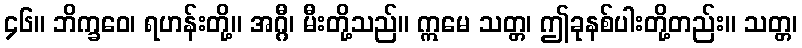
၄၆။ ဘိက္ခဝေ၊ ရဟန်းတို့။ အဂ္ဂီ၊ မီးတို့သည်။ ဣမေ သတ္တ၊ ဤခုနစ်ပါးတို့တည်း။ သတ္တ၊